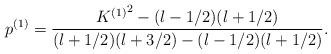
\begin{align*}p^{(1)}=\frac{{K^{(1)}}^{2} - (l-1/2)(l+1/2) }{(l+1/2)(l+3/2)-(l-1/2)(l+1/2)}.\end{align*}